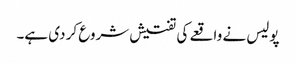
پولیس نے واقعے کی تفتیش شروع کر دی ہے۔